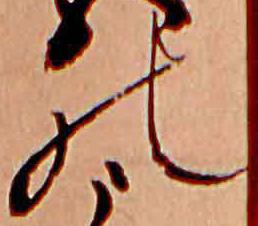
の